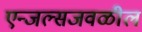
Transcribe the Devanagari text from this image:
एन्जल्सजवळील